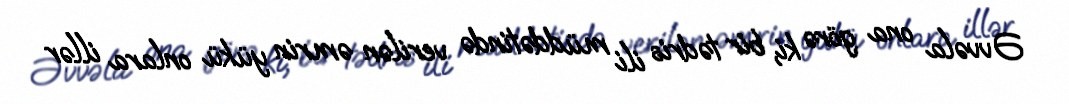
Əvvəla ona görə ki, bir tədris ili müddətində verilən əmrin yükü onlara illər